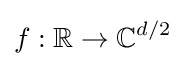
f:\mathbb {R} \to \mathbb {C} ^{d/2}